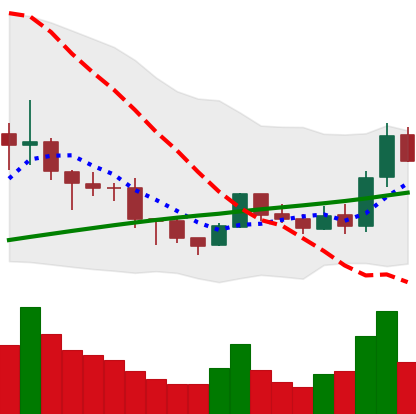
Ticker: BNB-USD
Chart end date: 2019-08-09
Forward return: -9.532%
Label: down_7plus